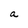
Character: a